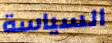
السياسة